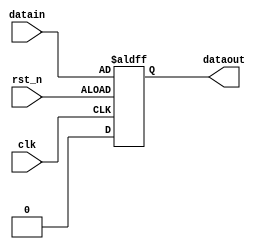
module dreg(
	input	wire			clk,
	input	wire			rst_n,

	input	wire			datain,
	output	reg				dataout
);

	always @ (posedge clk or negedge rst_n) begin
		if (rst_n) begin
			dataout <= 1'b0;
		end
		else begin
			dataout <= datain;
		end
	end

endmodule